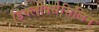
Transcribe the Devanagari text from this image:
डिक्लोक्सेसिलिन